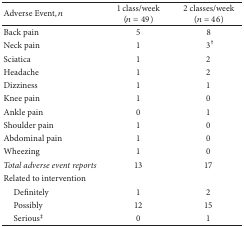
<table><thead><tr><td><b>Adverse Event, <i>n</i></b></td><td><b>1 class/week (<i>n</i> = 49)</b></td><td><b>2 classes/week (<i>n</i> = 46)</b></td></tr></thead><tbody><tr><td>Back pain</td><td>5</td><td>8</td></tr><tr><td>Neck pain</td><td>1</td><td>3<sup>†</sup></td></tr><tr><td>Sciatica</td><td>1</td><td>2</td></tr><tr><td>Headache</td><td>1</td><td>2</td></tr><tr><td>Dizziness</td><td>1</td><td>1</td></tr><tr><td>Knee pain</td><td>1</td><td>0</td></tr><tr><td>Ankle pain</td><td>0</td><td>1</td></tr><tr><td>Shoulder pain</td><td>1</td><td>0</td></tr><tr><td>Abdominal pain</td><td>1</td><td>0</td></tr><tr><td>Wheezing</td><td>1</td><td>0</td></tr><tr><td><i>Total adverse event reports </i></td><td>13</td><td>17</td></tr><tr><td>Related to intervention </td><td> </td><td> </td></tr><tr><td>Definitely</td><td>1</td><td>2</td></tr><tr><td>Possibly</td><td>12</td><td>15</td></tr><tr><td> Serious<sup>‡</sup></td><td>0</td><td>1</td></tr></tbody></table>